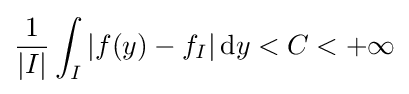
{\frac {1}{|I|}}\int _{I}|f(y)-f_{I}|\,\mathrm {d} y<C<+\infty